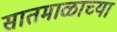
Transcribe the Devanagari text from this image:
सातमाळाच्या